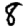
Digit: 8